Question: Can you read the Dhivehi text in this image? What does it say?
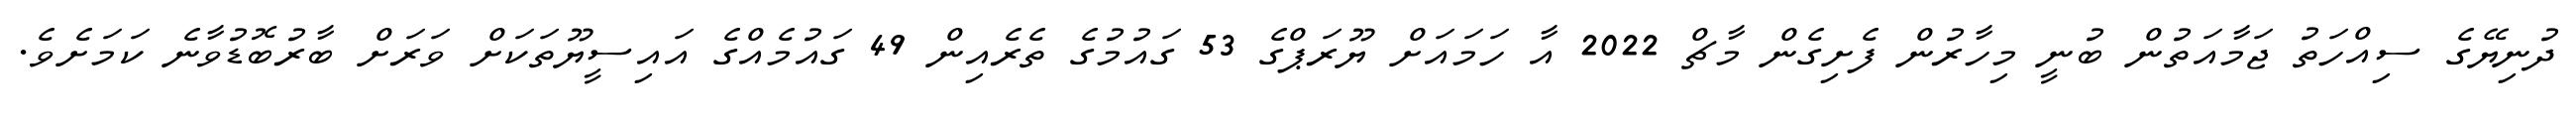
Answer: ދުނިޔޭގެ ސިއްހަތު ޖަމާއަތުން ބުނީ މިހާރުން ފެށިގެން މާޗް 2022 އާ ހަމައަށް ޔޫރަޕްގެ 53 ގައުމުގެ ތެރެއިން 49 ގައުމެއްގެ އައިސީޔޫތަކަށް ވަރަށް ބާރުބޮޑުވާނެ ކަމަށެވެ.